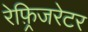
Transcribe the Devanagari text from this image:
रेफ़्रिजरेटर